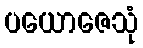
ပယောဇေသုံ